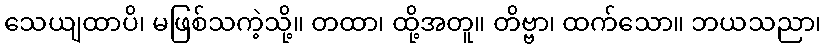
သေယျထာပိ၊ မဖြစ်သကဲ့သို့။ တထာ၊ ထို့အတူ။ တိဗ္ဗာ၊ ထက်သော။ ဘယသညာ၊